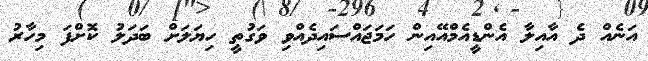
އަނެއް ދެ އާއިލާ އެންޑީއެމްއޭއިން ހަމަޖައްސައިދެއްވި ވަގުތީ ހިޔަލަށް ބަދަލު ކޮށްފަ މިހާރު